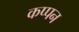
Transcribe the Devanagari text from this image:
कप्पन